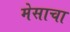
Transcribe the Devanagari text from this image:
मेसाचा